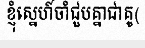
ខ្ញុំស្នេហ៍ចាំជួបគ្នាជាគូ(